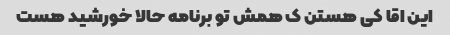
این اقا کی هستن ک همش تو برنامه حالا خورشید هست